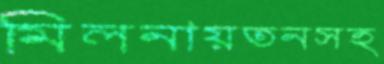
মিলনায়তনসহ